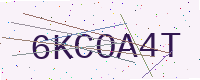
Text: 6KCOA4T